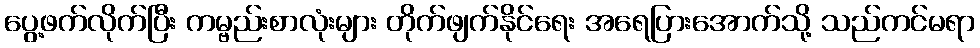
ပွေ့ဖက်လိုက်ပြီး ကမ္ဗည်းစာလုံးများ တိုက်ဖျက်နိုင်ရေး အရေပြားအောက်သို့ သည်ကင်မရာ